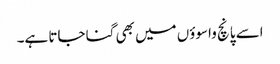
اسے پانچ واسوؤں میں بھی گنا جاتا ہے۔